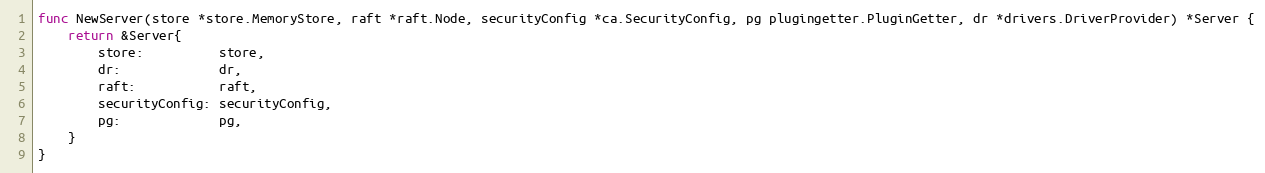
Language: Go
func NewServer(store *store.MemoryStore, raft *raft.Node, securityConfig *ca.SecurityConfig, pg plugingetter.PluginGetter, dr *drivers.DriverProvider) *Server {
	return &Server{
		store:          store,
		dr:             dr,
		raft:           raft,
		securityConfig: securityConfig,
		pg:             pg,
	}
}